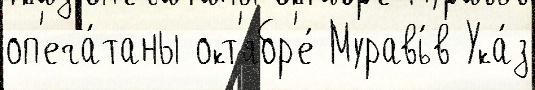
оп'еча́таны окт'ябр'е́ Муравь́в Ука́з